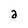
Character: a